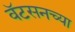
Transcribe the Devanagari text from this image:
वॅटसनच्या